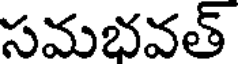
సమభవత్